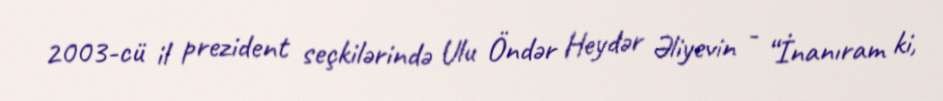
2003-cü il prezident seçkilərində Ulu Öndər Heydər Əliyevin - “İnanıram ki,